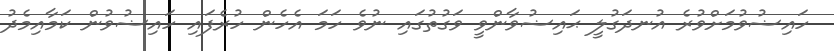
ހައިޟުވުމަށްވުރެ އުނދަގުލީ ޙައިޟުވާންވީ ވަގުތުގައި ނުވެ ހަމަ އެހެން ހުރެފައި ހައިޟުވުން ކަމާއިމެދު